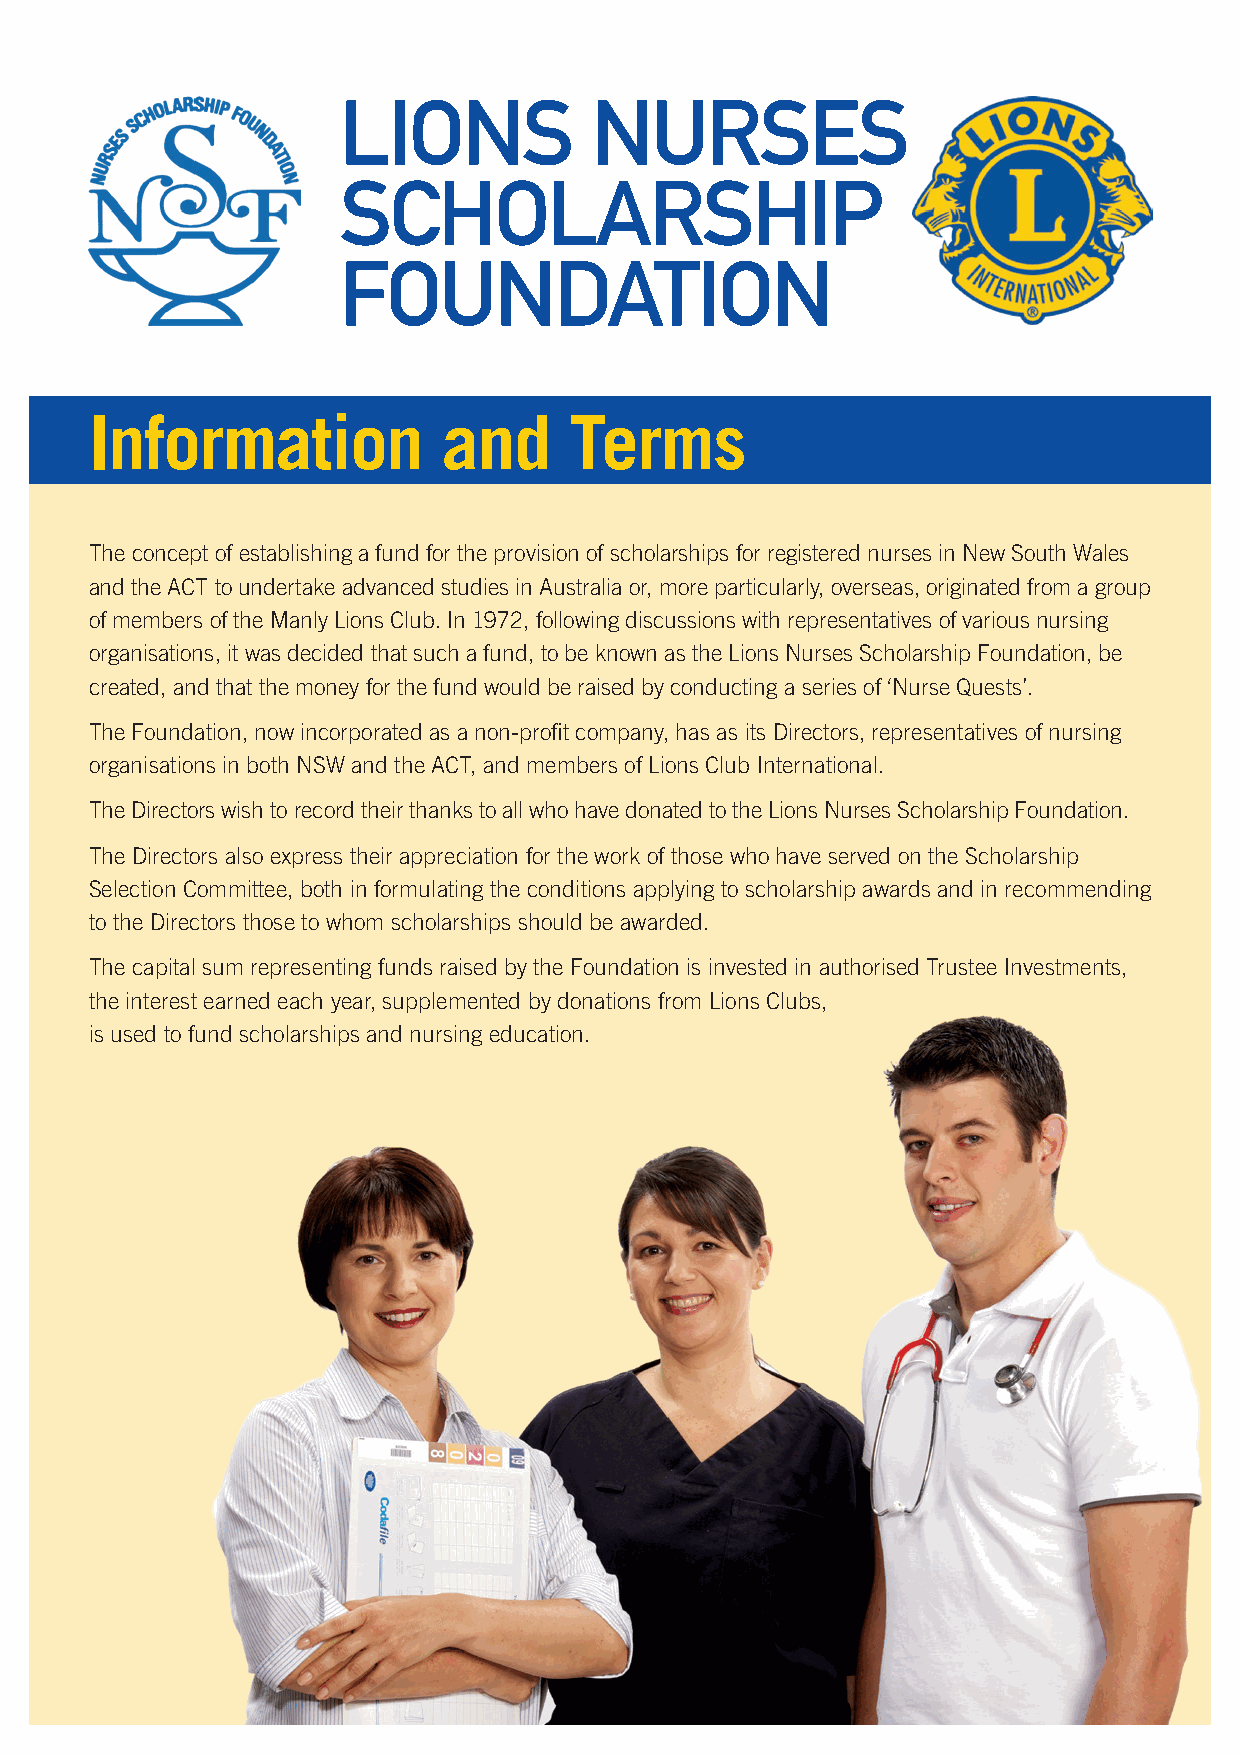
LIONS            NURSES
 SCHOLARSHIP
 FOUNDATION
 Information            and      Terms
 The concept of establishing a fund for the provision of scholarships for registered nurses in New South Wales
 and the ACT to undertake advanced studies in Australia or, more particularly, overseas, originated from a group
 of members of the Manly Lions Club. In 1972, following discussions with representatives of various nursing
 organisations, it was decided that such a fund, to be known as the Lions Nurses Scholarship Foundation, be
 created, and that the money for the fund would be raised by conducting a series of ‘Nurse Quests’.
 The Foundation, now incorporated as a non-profit company, has as its Directors, representatives of nursing
 organisations in both NSW and the ACT, and members of Lions Club International.
 The Directors wish to record their thanks to all who have donated to the Lions Nurses Scholarship Foundation.
 The Directors also express their appreciation for the work of those who have served on the Scholarship
 Selection Committee, both in formulating the conditions applying to scholarship awards and in recommending
 to the Directors those to whom scholarships should be awarded.
 The capital sum representing funds raised by the Foundation is invested in authorised Trustee Investments,
 the interest earned each year, supplemented by donations from Lions Clubs,
 is used to fund scholarships and nursing education.